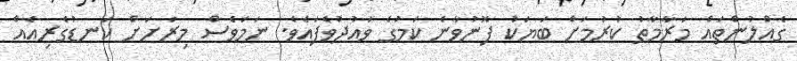
ގެއްލުންތައް މަރާމާތު ކުރުމަށް ބަޔަކު ފޮނުވާނެ ކަމުގެ ވައުދުވެފައެވެ. ނަމަވެސް މިރަށަށް ކަނޑުގެރިއެއް